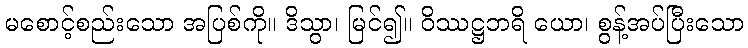
မစောင့်စည်းသော အပြစ်ကို။ ဒိသွာ၊ မြင်၍။ ဝိဿဋ္ဌဘရိ ယော၊ စွန့်အပ်ပြီးသော